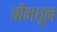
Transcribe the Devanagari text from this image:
बीमधून